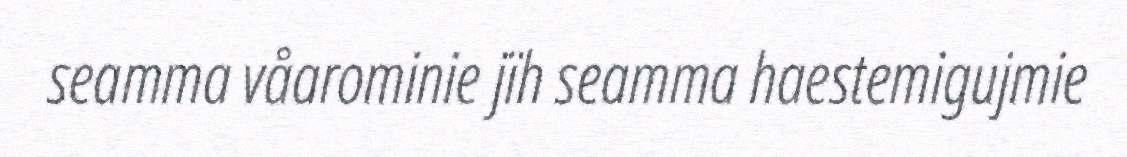
seamma våarominie jïh seamma haestemigujmie